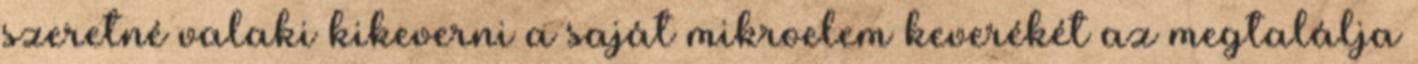
szeretné valaki kikeverni a saját mikroelem keverékét az megtalálja